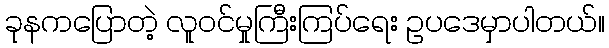
ခုနကပြောတဲ့ လူဝင်မှုကြီးကြပ်ရေး ဥပဒေမှာပါတယ်။